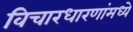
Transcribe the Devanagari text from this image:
विचारधारणांमध्ये